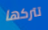
تتركها